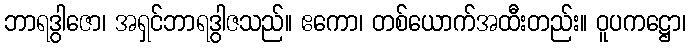
ဘာရဒွါဇော၊ အရှင်ဘာရဒွါဇသည်။ ဧကော၊ တစ်ယောက်အထီးတည်း။ ဝူပကဋ္ဌော၊